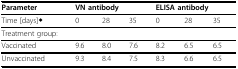
| Parameter | <COLSPAN=3> VN antibody | <COLSPAN=3> ELISA antibody |
 | --- | --- | --- | --- | --- | --- | --- |
 | Time [days]◆ | 0 | 28 | 35 | 0 | 28 | 35 |
 | Treatment group: |  |  |  |  |  |  |
 | Vaccinated | 9.6 | 8.0 | 7.6 | 8.2 | 6.5 | 6.5 |
 | Unvaccinated | 9.3 | 8.4 | 7.5 | 8.3 | 6.6 | 6.5 |